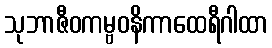
သုဘာဇီဝကမ္ဗဝနိကာထေရီဂါထာ